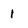
Character: 1